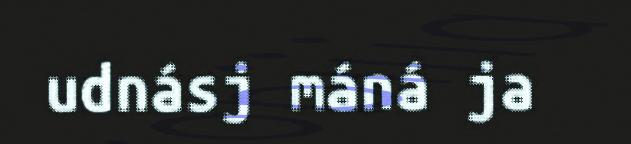
udnásj máná ja